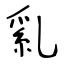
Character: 乿